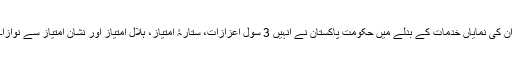
ان کی نمایاں خدمات کے بدلے میں حکومت پاکستان نے انہیں 3 سول اعزازات، ستارۂ امتیاز، ہلال امتیاز اور نشان امتیاز سے نوازا۔